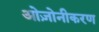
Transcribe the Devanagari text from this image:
ओज़ोनीकरण